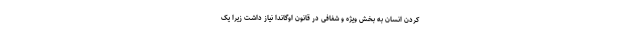
کردن انسان به بخش ویژه و شفافی در قانون اوگاندا نیاز داشت زیرا یک